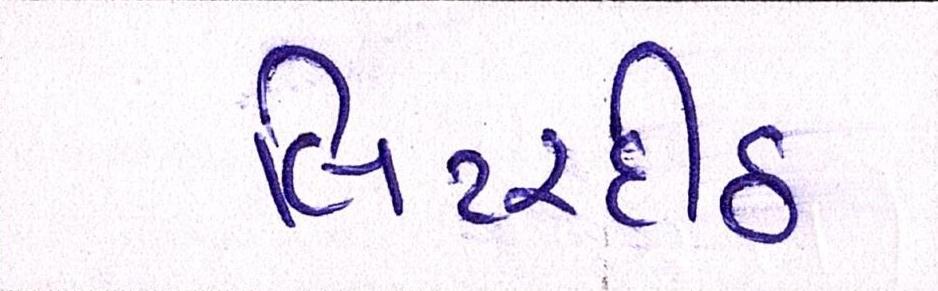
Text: લિટરદીઠ